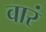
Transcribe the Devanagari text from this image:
वारं